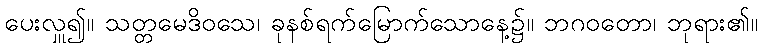
ပေးလှူ၍။ သတ္တမေဒိဝသေ၊ ခုနစ်ရက်မြောက်သောနေ့၌။ ဘဂဝတော၊ ဘုရား၏။